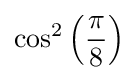
\cos ^{2}\left({\frac {\pi }{8}}\right)